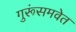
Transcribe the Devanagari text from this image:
गुरूंसमवेत